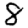
Digit: 8